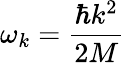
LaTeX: \omega_{k}=\frac{\hbar k^{2}}{2M}